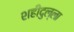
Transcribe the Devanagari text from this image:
शहीदुल्ला